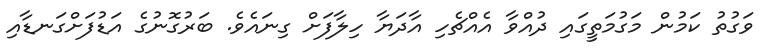
ވަގުތު ކަމުން މަގުމަތީގައި ދުއްވާ އެއްޗެހި އާދަޔާ ހިލާފަށް ގިނައެވެ. ބަރުގޮނުގެ އަޑުފަށްގަނޑާއި